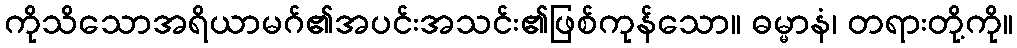
ကိုသိသောအရိယာမဂ်၏အပင်းအသင်း၏ဖြစ်ကုန်သော။ ဓမ္မာနံ၊ တရားတို့ကို။